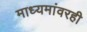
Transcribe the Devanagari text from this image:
माध्यमांवरही